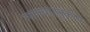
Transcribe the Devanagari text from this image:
मालवाहतूकीस